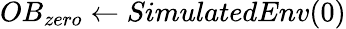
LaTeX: OB_{zero}\leftarrow SimulatedEnv(0)